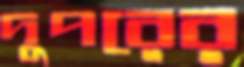
দুপরের